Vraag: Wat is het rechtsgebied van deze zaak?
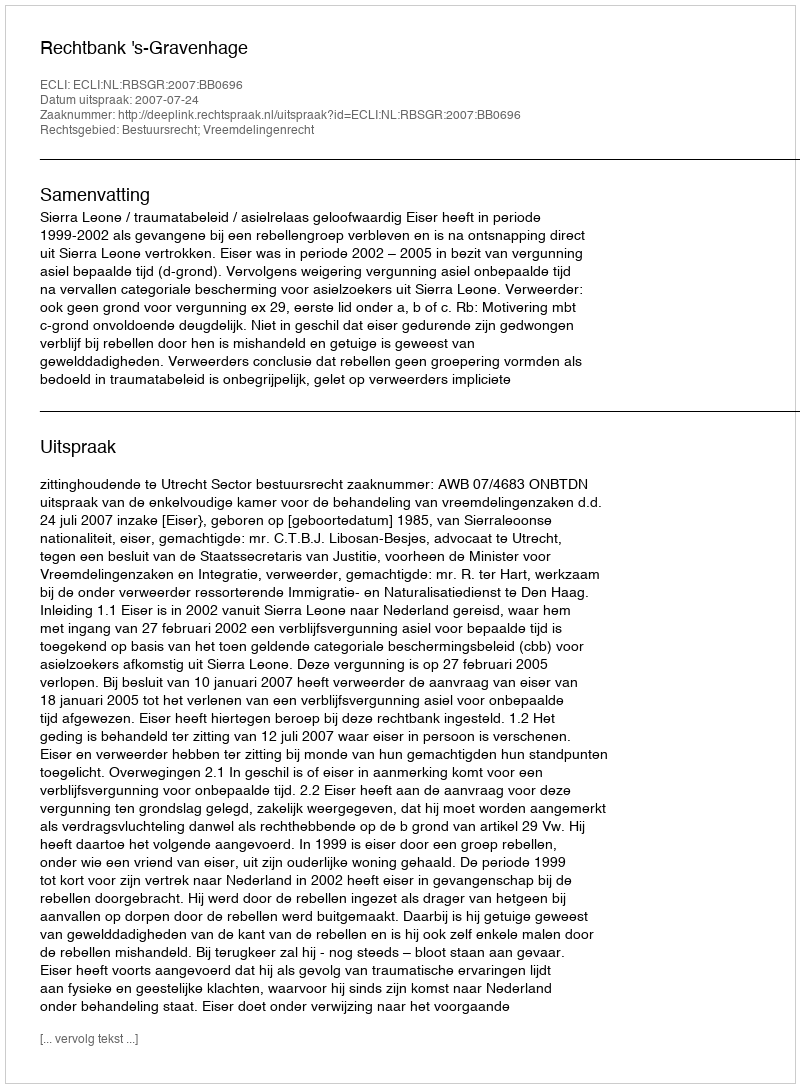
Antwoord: Bestuursrecht; Vreemdelingenrecht